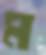
ম